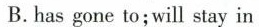
B.has gone to;will stay in